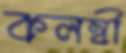
কলম্বী